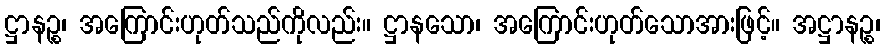
ဋ္ဌာနဉ္စ၊ အကြောင်းဟုတ်သည်ကိုလည်း။ ဋ္ဌာနသော၊ အကြောင်းဟုတ်သောအားဖြင့်။ အဋ္ဌာနဉ္စ၊